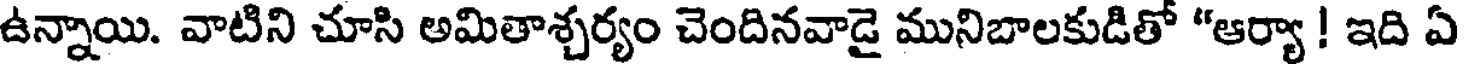
ఉన్నాయి. వాటిని చూసి అమితాశ్చర్యం చెందినవాడై మునిబాలకుడితో "ఆర్యా ! ఇది ఏ